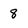
Character: 8